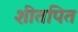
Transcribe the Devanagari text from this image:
शीतपित